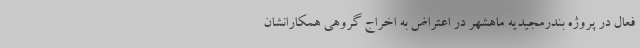
فعال در پروژه‌ بندرمجیدیه ماهشهر در اعتراض به اخراج گروهیِ همکارانشان